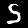
Label: 5